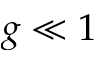
g \ll 1